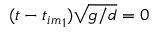
( t - { t _ { i m } } _ { 1 } ) \sqrt { g / d } = 0